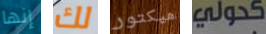
إنها لك هيكتور كحولي